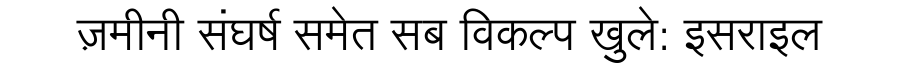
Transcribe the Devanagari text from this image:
ज़मीनी संघर्ष समेत सब विकल्प खुले: इसराइल